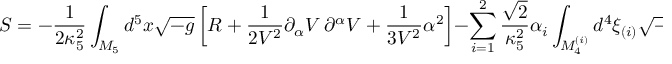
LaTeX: S = - \frac { 1 } { 2 \kappa _ { 5 } ^ { 2 } } \int _ { { \cal M } _ { 5 } } d ^ { 5 } x \sqrt { - g } \left[ R + \frac { 1 } { 2 V ^ { 2 } } \partial _ { \alpha } V \, \partial ^ { \alpha } V + \frac { 1 } { 3 V ^ { 2 } } \alpha ^ { 2 } \right] - \sum _ { i = 1 } ^ { 2 } \frac { \sqrt { 2 } } { \kappa _ { 5 } ^ { 2 } } \alpha _ { i } \int _ { { \cal M } _ { 4 } ^ { ( i ) } } d ^ { 4 } \xi _ { ( i ) } \sqrt { - g } \, V ^ { - 1 } \, ,